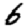
Digit: 6